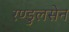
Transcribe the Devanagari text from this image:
रण्डुलसेन